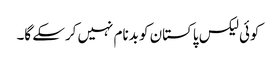
کوئی لیکس پاکستان کو بدنام نہیں کرسکے گا۔